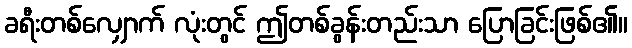
ခရီးတစ်လျှောက် လုံးတွင် ဤတစ်ခွန်းတည်းသာ ပြောခြင်းဖြစ်၏။